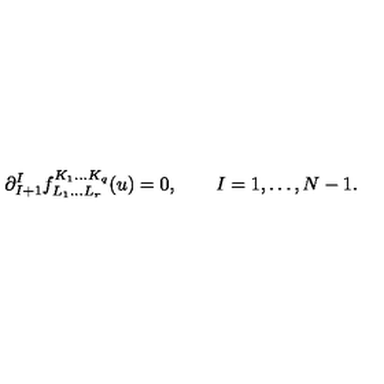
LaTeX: \partial _ { I + 1 } ^ { I } f _ { L _ { 1 } \ldots L _ { r } } ^ { K _ { 1 } \ldots K _ { q } } ( u ) = 0 , \qquad I = 1 , \ldots , N - 1 .